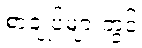
စာချုပ်များတွင်